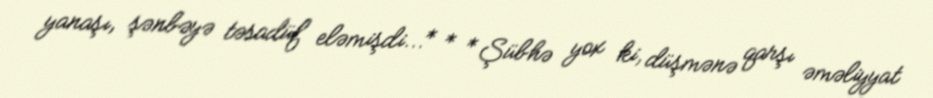
yanaşı, şənbəyə təsadüf eləmişdi...* * *Şübhə yox ki, düşmənə qarşı əməliyyat